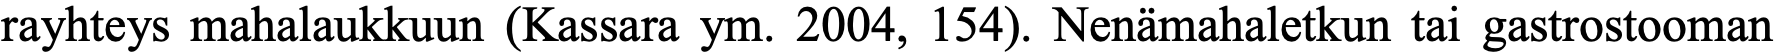
rayhteys mahalaukkuun (Kassara ym. 2004, 154). Nenämahaletkun tai gastrostooman